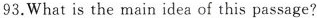
93.What is the main idea of this passage?